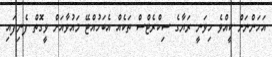
އަހަންނަށް ކީއްވެ ހިވަނީ ރަޔާގެ ސިކްރެޓްސް ތަކެއް އެބަހުއްޓޭ މައުވާއަށް ވީގޮތް ފެނިފައި